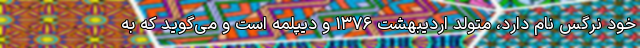
خود نرگس نام دارد، متولد اردیبهشت ۱۳۷۶ و دیپلمه است و می‌گوید که به